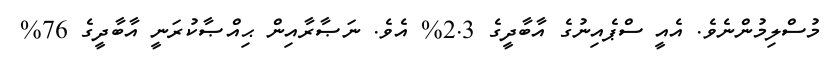
މުސްލިމުންނެވެ. އެއީ ސްޕެއިނުގެ އާބާދީގެ 2.3% އެވެ. ނަޞާރާއިން ޙިއްޞާކުރަނީ އާބާދީގެ 76%